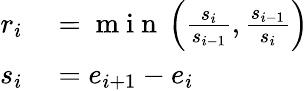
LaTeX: \begin{array}{rl}{r_{i}}&{{}=\mathrm{~m~i~n~}\left(\frac{s_{i}}{s_{i-1}},\frac{s_{i-1}}{s_{i}}\right)}\\ {s_{i}}&{{}=e_{i+1}-e_{i}}\end{array}